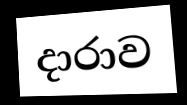
දාරාව